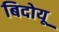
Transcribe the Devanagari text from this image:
बिदोयू